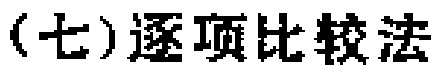
(七)逐项比较法